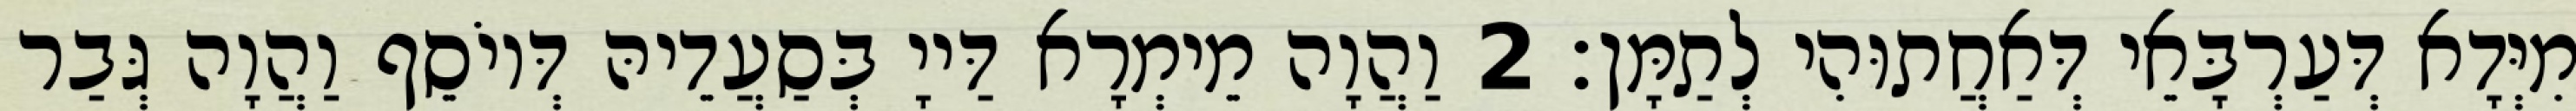
מִיְּדָא דְּעַרְבָּאֵי דְּאַחֲתוּהִי לְתַמָּן׃ 2 וַהֲוָה מֵימְרָא דַּייָ בְּסַעֲדֵיהּ דְּיוֹסֵף וַהֲוָה גְּבַר